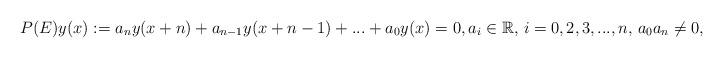
LaTeX: \begin{align*} P(E)y(x):= a_n y(x+n)+ a_{n-1}y(x+n-1)+...+a_0y(x)=0, a_i \in \mathbb{R},\, i=0,2,3,...,n,\, a_0 a_n \neq 0, \end{align*}